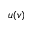
u ( v )